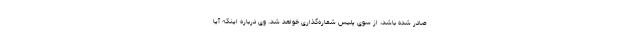
صادر شده باشد، از سوی پلیس شماره‌گذاری خواهد شد. وی درباره اینکه آیا